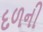
દળની